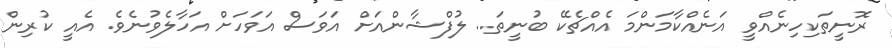
ރޮނީތަކިހިނެއްވީ އަނެއްކާމަންމަ އެއްޗެކޭ ބުނީތަ.. ލުފްޝާންއަށް އަވަސް އަވަހަށް އަހާލެވުނެވެ. އެއީ ކުރިން